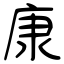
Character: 康